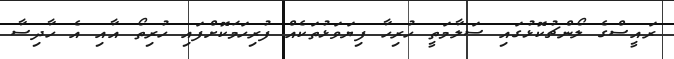
ރައީސްގެ ލޯންޗުކޮޅުގައި ސަލާމަތީ ހުރިހާ ފިޔަވަޅުތަކެއް ފުރިހަމަކޮށްފައި ހުރިތޯ އާއި އެ ހާދިސާ